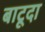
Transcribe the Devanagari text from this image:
बाटूदा